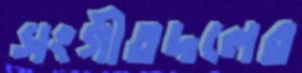
সংগীতদলের